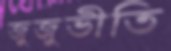
জুজুভীতি